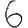
Digit: 6